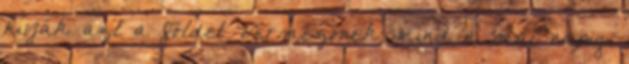
hívják azt a földet Vérmezőnek mind a mai napig.